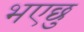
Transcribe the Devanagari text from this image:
भएछु